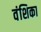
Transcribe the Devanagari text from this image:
वंशिका